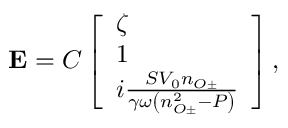
\mathbf { { E } } = C \left[ \begin{array} { l } { \zeta } \\ { 1 } \\ { i \frac { S V _ { 0 } n _ { O \pm } } { \gamma \omega \left( n _ { O \pm } ^ { 2 } - P \right) } } \end{array} \right] ,